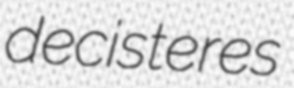
decisteres